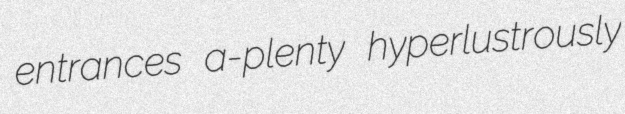
entrances a-plenty hyperlustrously